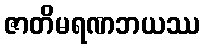
ဇာတိမရဏဘယဿ